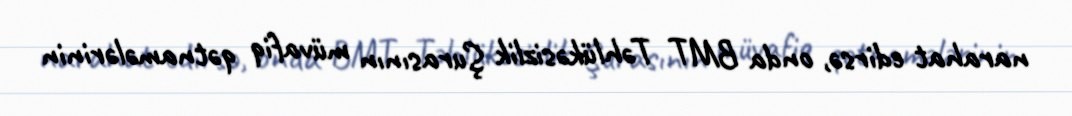
narahat edirsə, onda BMT Təhlükəsizlik Şurasının müvafiq qətnamələrinin